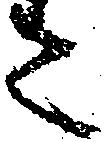
ニ